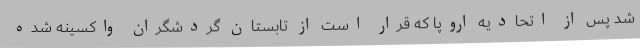
شد پس از اتحادیه اروپا که قرار است از تابستان گردشگران واکسینه شده